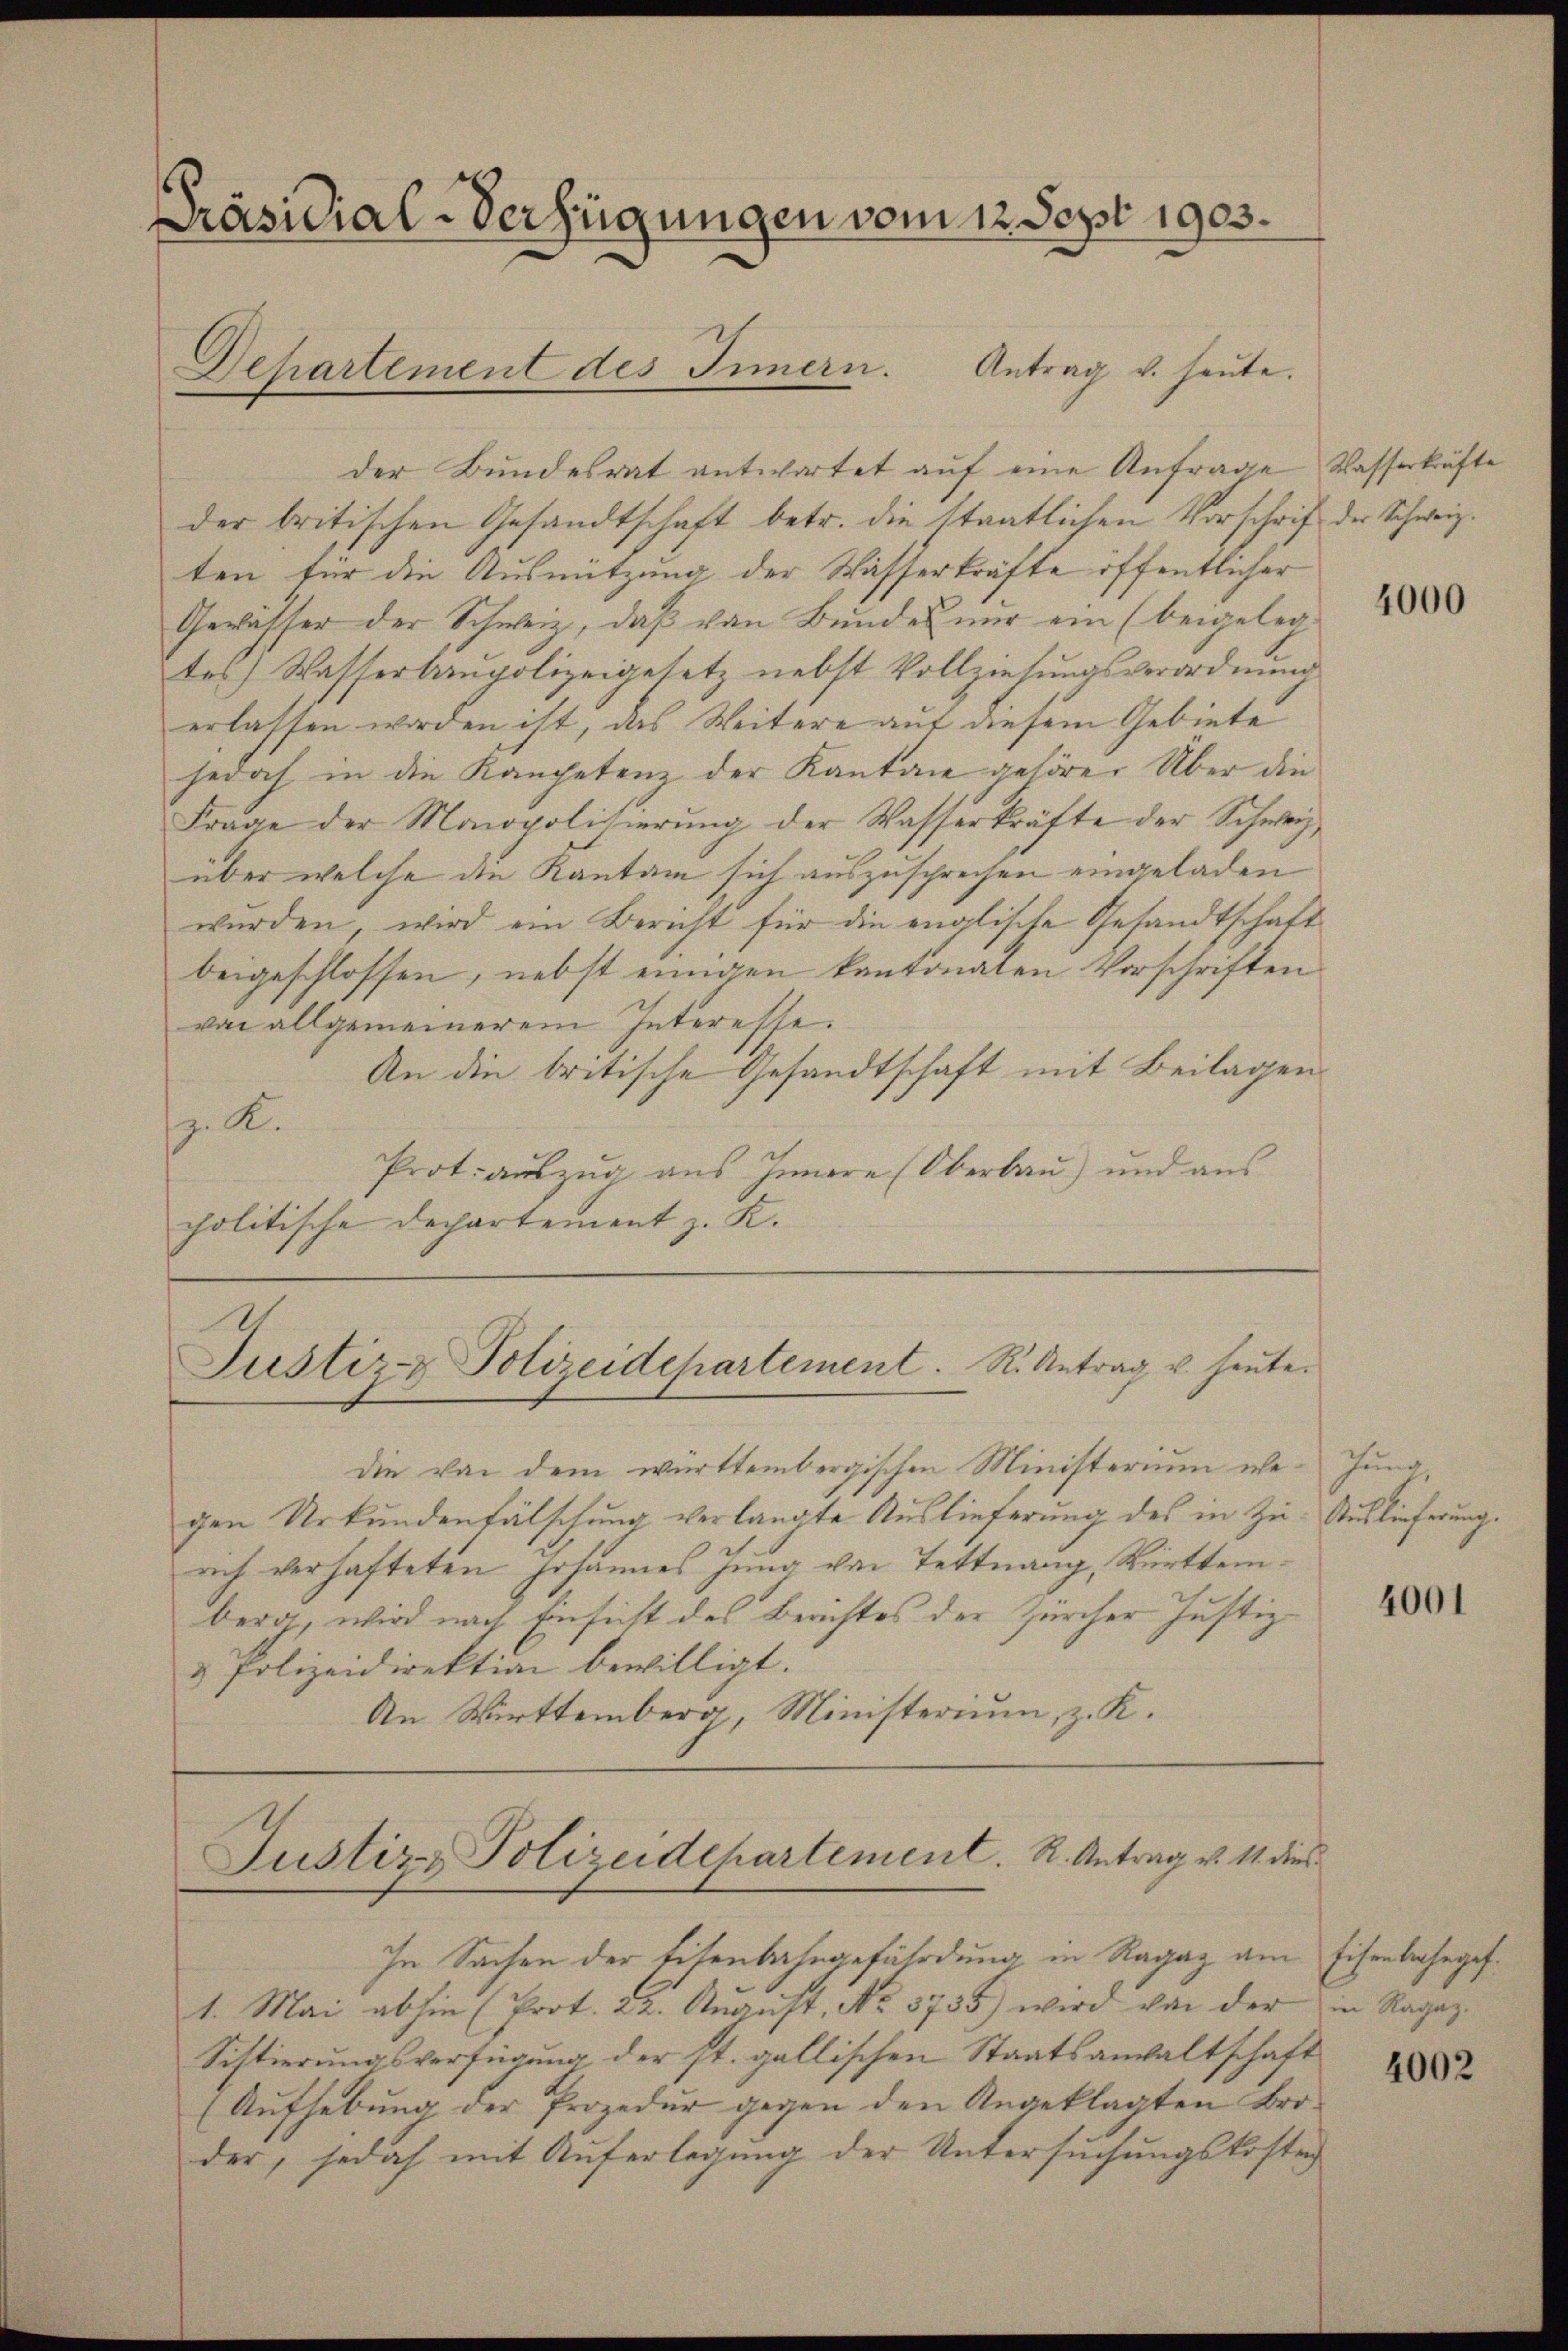
Präsidial-Verfügungen vom 12 Sept. 1903.

der Bundesrat antwortet auf eine Anfrage
der britischen Gesandtschaft betr. die Staatlichen Vorschrift der Schweiz.
ten für die Ausnützung der Wasserkräfte öffentlicher
Gewässer der Schweiz, daβ von Bundes nur ein (beigeleg
tes) Wasserbaupolizeigesetz nebst Vollziehungsverordnung
erlassen worden ist, das Weitere auf diesem Gebiete
jedoch in die Kompetenz der Kanton gehörer Über die
Frage der Monopolitierŭng der Wasserkräfte der Schweiz
über welche die Kantan sich auszusprechen eingeladen
wurden, wird ein Bericht für die englische Gesandtschaft
beigeschlossen, nebst einigen kantonaten Vorschriften
von allgemeinerem Interesse.
An die britische Gesandtschaft mit Beilagen
. K.
Prot. aŭszŭg aŭs Innere (Oberbaŭ) und aŭs
politische Departement z. K.

Departement des Innern. Antrag v. heute.

die von dem württembergischen Ministerium wegen Urkundenfälschung verlangte Auslieferung des in Zu- Auslieferung.
ach verhafteten Johannes Jung von Tettnang, Württemberg, wird nach Einsicht des Berichtes der Zürcher Justiz-
& Polizeidirektion bewilligt.
An Wirttemberg, Ministerium, z. K.

Justiz- Polizeidepartement. R. Antrag u. heute.

Justiz & Polizeidepartement. R. Antrag v. 11. dies

In Sachen der Eisenbahngefährdung in Ragaz am
1. Mai abhin (Prot. 22. Aŭgŭst No. 5735) wird von der
Sistierungsverfügung der st. gallischen Staatsanwaltschaft
(Aufhebung der Prozedur gegen den Angeklagten Broder, jedoch mit Auferlegung der Untersuchungskosten

Wasserkräfte

4000

Jung

4001

Eisenbahngef
in Ragaz.

4002